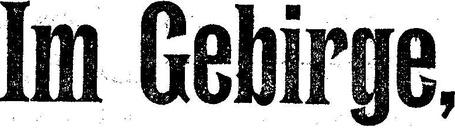
Im Gebirge,